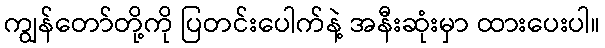
ကျွန်တော်တို့ကို ပြတင်းပေါက်နဲ့ အနီးဆုံးမှာ ထားပေးပါ။